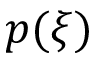
p ( \xi )